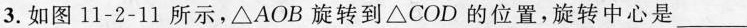
3.如图11-2-11所示，\triangle AOB旋转到\triangle COD的位置，旋转中心是___